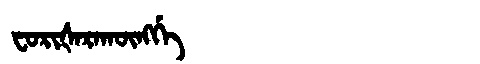
Manchu: ᠸᠣᡵᡳᡧᠠᡵᠠᡴᡡᠩᡤᡝ
Romanization: FORIŠARAKŪNGGE